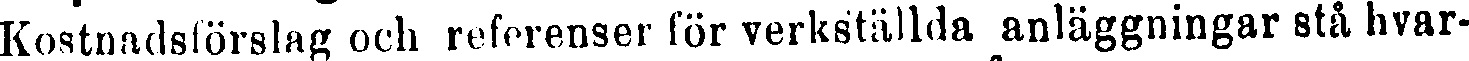
Kostnadsförslag och referenser för verkställda anläggningar stå hvar-